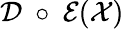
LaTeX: \mathcal D~\circ~\mathcal E(\mathcal X)